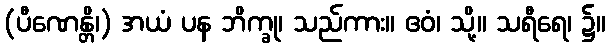
(ပီဏေန္တိ၊) အယံ ပန ဘိက္ခု၊ သည်ကား။ ဧဝံ၊ သို့။ သရီရေ၊ ၌။